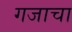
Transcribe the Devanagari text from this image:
गजाचा